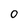
Character: 0